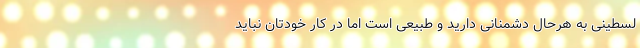
لسطینی به هرحال دشمنانی دارید و طبیعی است اما در کار خودتان نباید